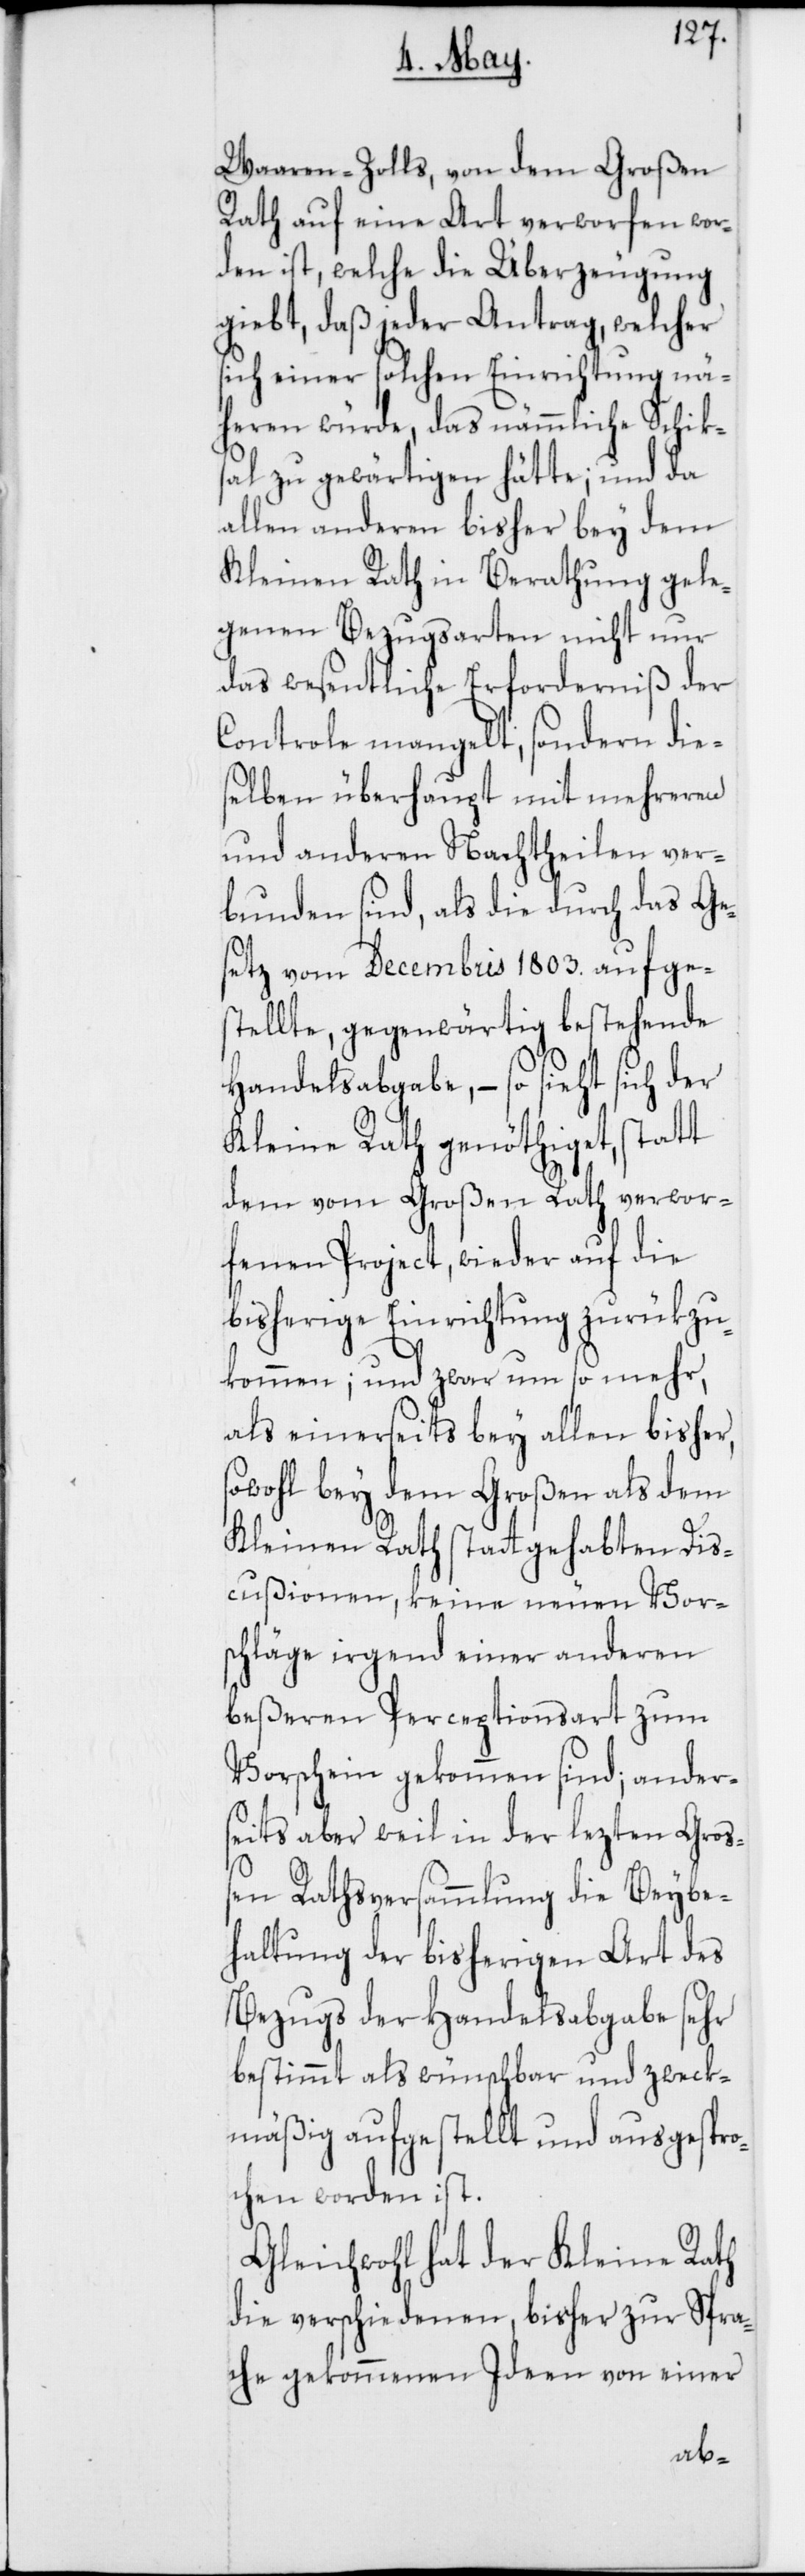
Waaren-Zolls, von dem Großen
Rath auf eine Art verworfen wor¬
den ist, welche die Überzeugung
giebt, daß jeder Antrag, welcher
sich einer solchen Einrichtung nä¬
heren würde, das nämmliche Schik¬
sal zu gewärtigen hätte; und da
allen anderen bisher bey dem
Kleinen Rath in Berathung gele¬
genen Bezugsarten nicht nur
das wesentliche Erforderniß der
Controle mangelt, sondern die¬
selben überhaupt mit mehreren
und anderen Nachtheilen ver¬
bunden sind, als die durch das Ge¬
setz vom Decembris 1803. aufges¬
tellte, gegenwärtig bestehende
Handelsabgabe, – so sieht sich der
Kleine Rath genöthiget, statt
dem vom Großen Rath verwor¬
fenen Project, wieder auf die
bisherige Einrichtung zurükzu¬
kommen; und zwar um so mehr,
als einerseits bey allen bisher,
sowohl bey dem Großen als dem
Kleinen Rath stattgehabten Dis¬
cußionen, keine neuen Vor¬
schläge irgend einer anderen
beßeren Perceptionsart zum
Vorschein gekommen sind; ander¬
seits aber weil in der lezten Groß¬
en Rathsversammlung die Beybe¬
haltung der bisherigen Art des
Bezugs der Handelsabgabe sehr
bestimmt als wünschbar und zweck¬
mäßig aufgestellt und ausgespro¬
chen worden ist.
Gleichwohl hat der Kleine Rath
die verschiedenen, bisher zur Spra¬
che gekommenen Ideen von einer